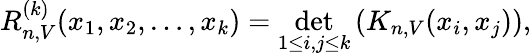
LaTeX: R_{n,V}^{(k)}(x_{1},x_{2},\dots,x_{k})=\operatorname*{det}_{1\leq i,j\leq k}\left(K_{n,V}(x_{i},x_{j})\right),